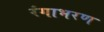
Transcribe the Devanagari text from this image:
रंगाभरण